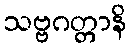
သဗ္ဗဂတ္တာနိ